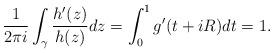
LaTeX: \begin{align*} \frac{1}{2\pi i}\int_\gamma \frac{h'(z)}{h(z)}dz&=\int_0^1 g'(t+iR)dt=1. \end{align*}